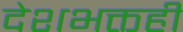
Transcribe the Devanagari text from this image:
देशभक्तही